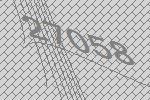
27058